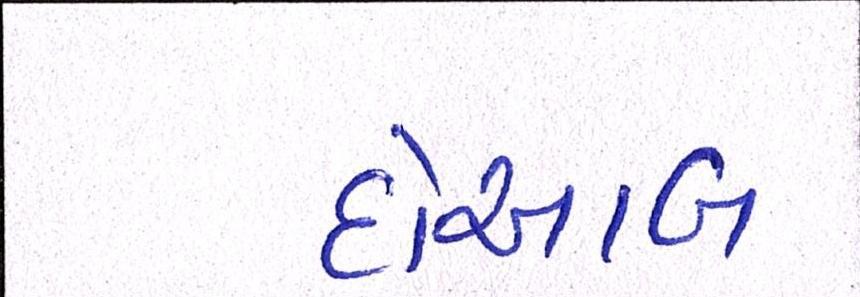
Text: દોઆબ